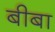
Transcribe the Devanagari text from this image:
बीबा